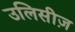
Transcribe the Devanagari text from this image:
उलिसीज़